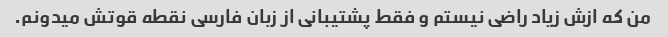
من که ازش زیاد راضی نیستم و فقط پشتیبانی از زبان فارسی نقطه قوتش میدونم.